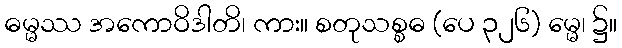
ဓမ္မဿ အကောဝိဒါတိ၊ ကား။ စတုသစ္စဓ (ပေ ၃၂၆) မ္မေ၊ ၌။